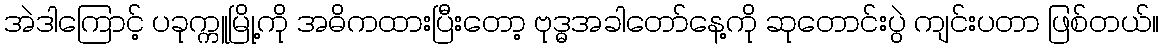
အဲဒါကြောင့် ပခုက္ကူမြို့ကို အဓိကထားပြီးတော့ ဗုဒ္ဓအခါတော်နေ့ကို ဆုတောင်းပွဲ ကျင်းပတာ ဖြစ်တယ်။